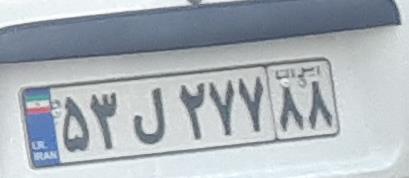
۵۳ل۲۷۷۸۸